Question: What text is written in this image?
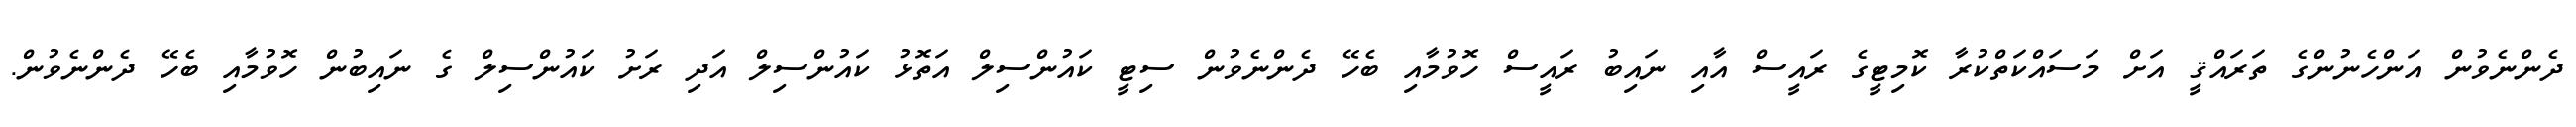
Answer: ދެންނެވުން އަންހެނުންގެ ތަރައްޤީ އަށް މަސައްކަތްކުރާ ކޮމިޓީގެ ރައީސް އާއި ނައިބު ރައީސް ހޮވުމާއި ބެހޭ ދެންނެވުން ސިޓީ ކައުންސިލް އަތޮޅު ކައުންސިލް އަދި ރަށު ކައުންސިލް ގެ ނައިބުން ހޮވުމާއި ބެހޭ ދެންނެވުން.